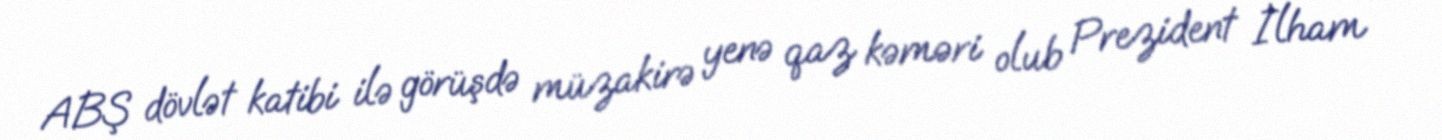
ABŞ dövlət katibi ilə görüşdə müzakirə yenə qaz kəməri olub Prezident İlham